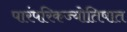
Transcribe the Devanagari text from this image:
पारंपरिकज्योतिषात